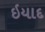
ઇયાદ